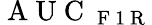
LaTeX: \mathrm{~A~U~C~}_{\mathrm{~F~1~R~}}